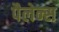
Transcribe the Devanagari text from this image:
पैलेन्स